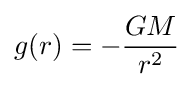
g(r)=-{\frac {GM}{r^{2}}}